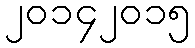
၂၀၁၄၂၀၁၅